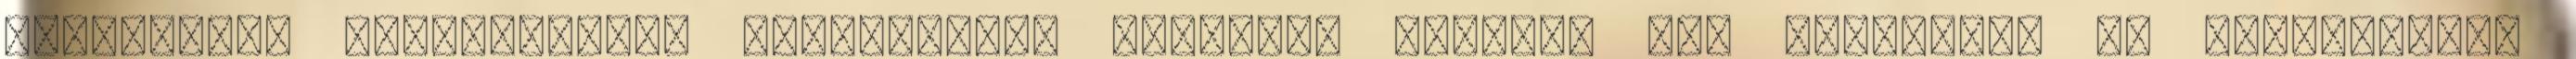
becsületes pénzkeresési lehetőségek temérdek újtának egy stabilabb és shinobikhoz